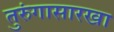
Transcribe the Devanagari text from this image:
तुरुंगासारखा